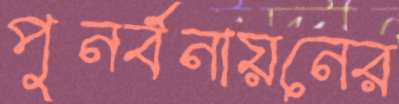
পুনর্বনায়নের